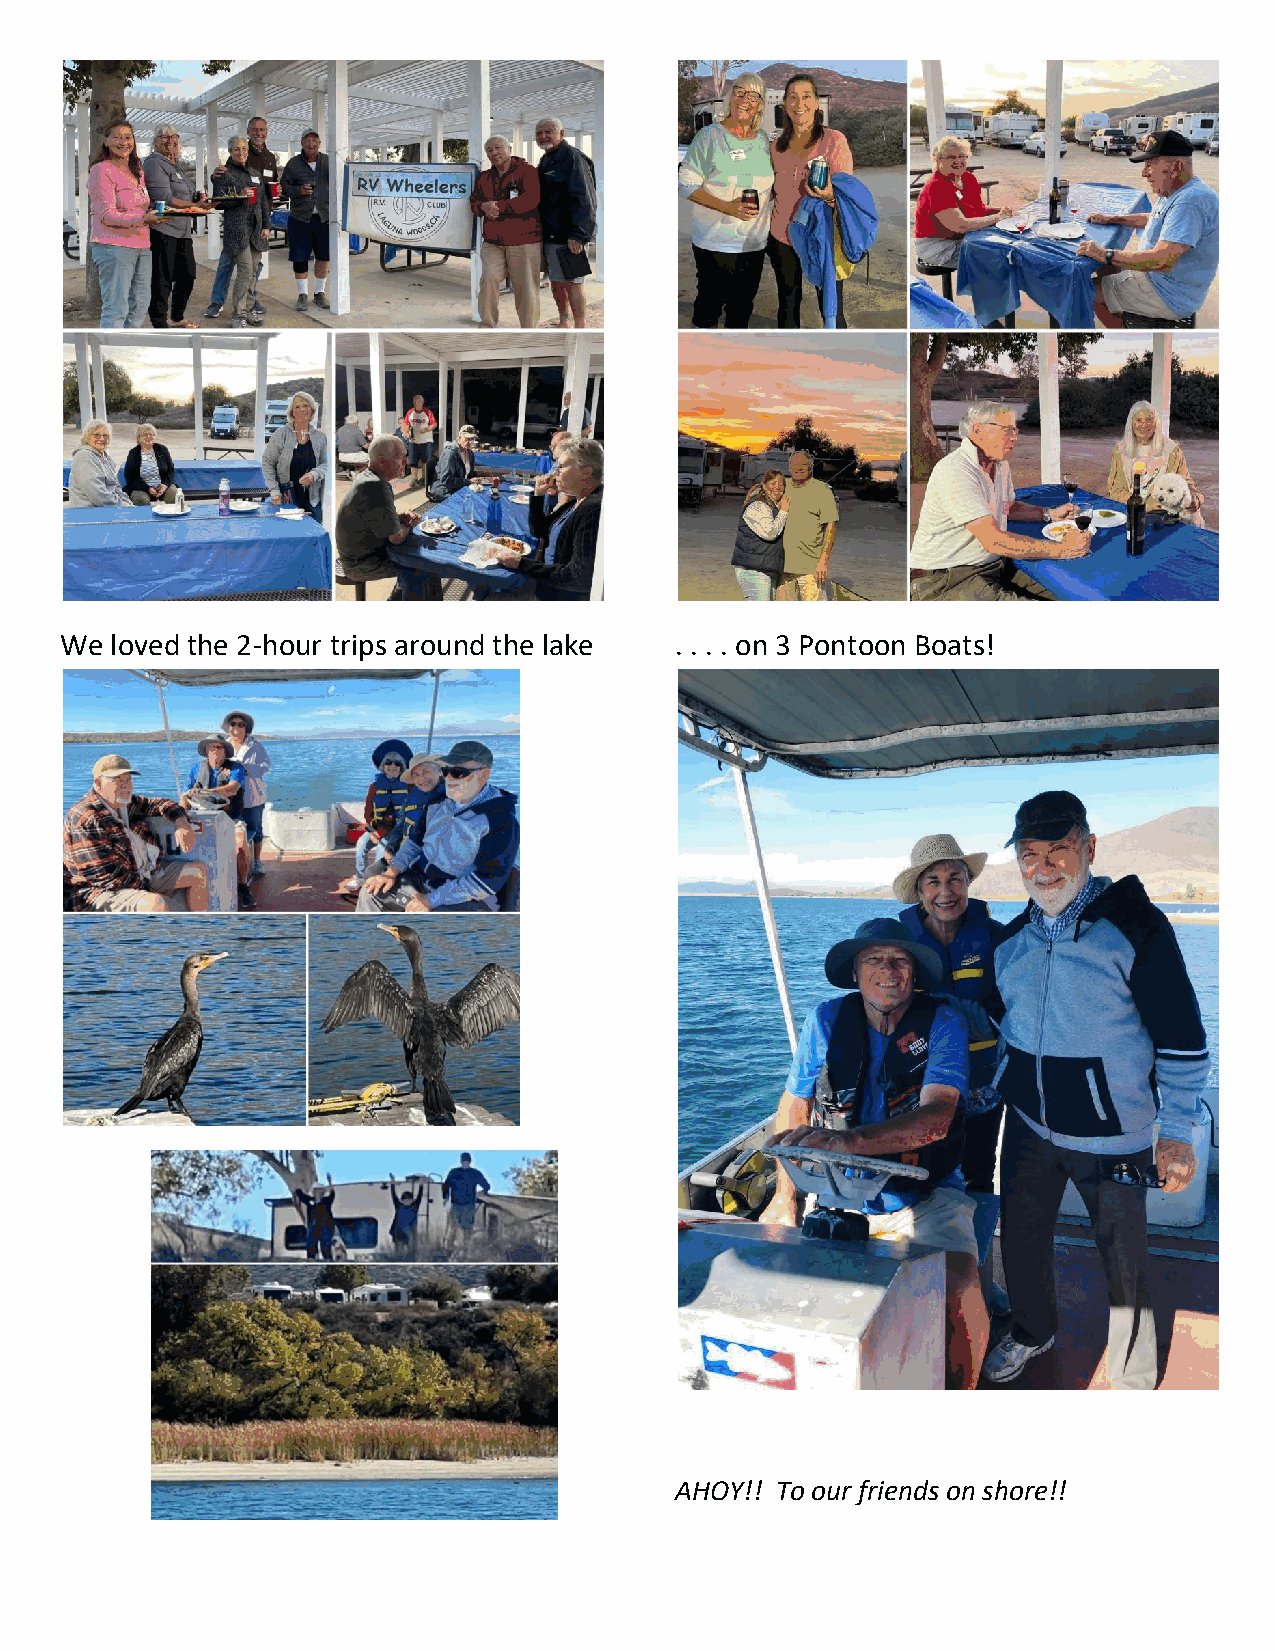
We loved the 2-hour trips around the lake . . . . on 3 Pontoon Boats!
 AHOY!! To our friends on shore!!